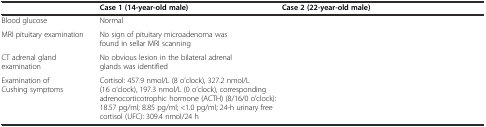
<table><thead><tr><td>[EMPTY_CELL]</td><td><b>Case 1 (14-year-old male)</b></td><td><b>Case 2 (22-year-old male)</b></td></tr></thead><tbody><tr><td>Blood glucose</td><td>Normal</td><td>[EMPTY_CELL]</td></tr><tr><td>MRI pituitary examination</td><td>No sign of pituitary microadenoma was found in sellar MRI scanning</td><td>[EMPTY_CELL]</td></tr><tr><td>CT adrenal gland examination</td><td>No obvious lesion in the bilateral adrenal glands was identified</td><td>[EMPTY_CELL]</td></tr><tr><td>Examination of Cushing symptoms</td><td>Cortisol: 457.9 nmol/L (8 o’clock), 327.2 nmol/L (16 o’clock), 197.3 nmol/L (0 o’clock), corresponding adrenocorticotrophic hormone (ACTH) (8/16/0 o’clock): 18.57 pg/ml; 8.85 pg/ml; &lt;1.0 pg/ml; 24-h urinary free cortisol (UFC): 309.4 nmol/24 h</td><td>[EMPTY_CELL]</td></tr></tbody></table>